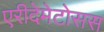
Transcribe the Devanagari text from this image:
एरीदेमेटोसस